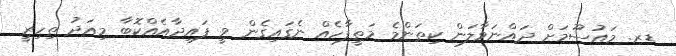
ޑރ. މައުސޫމަށް ދައްނަވާލަން ކިތަންމެ މަތީފާހެއް ނެގައިގެން ވީ ފައިދާއެއްކޮބާ މިއަދު ތިހިރީ